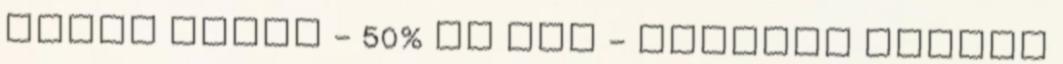
WaxXx piros - 50% HU Sör - Borsodi Bivaly